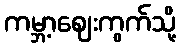
ကမ္ဘာ့ဈေးကွက်သို့